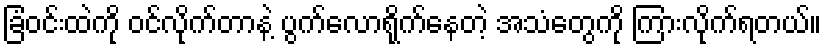
ခြံဝင်းထဲကို ဝင်လိုက်တာနဲ့ ပွက်လောရိုက်နေတဲ့ အသံတွေကို ကြားလိုက်ရတယ်။